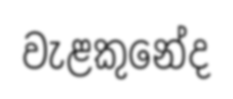
වැළකුනේද